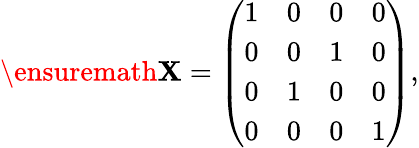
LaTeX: \begin{array}{r}{\ensuremath{\mathbf{X}}=\left(\begin{array}{cccc}{1}&{0}&{0}&{0}\\ {0}&{0}&{1}&{0}\\ {0}&{1}&{0}&{0}\\ {0}&{0}&{0}&{1}\end{array}\right),}\end{array}